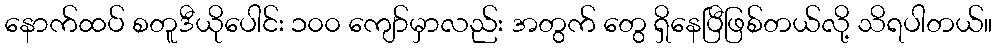
နောက်ထပ် စတူဒီယိုပေါင်း ၁၀၀ ကျော်မှာလည်း အတွက် တွေ ရှိနေပြီဖြစ်တယ်လို့ သိရပါတယ်။